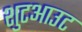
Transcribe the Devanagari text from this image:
शुटआउट